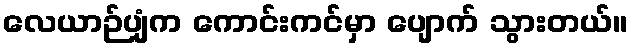
လေယာဉ်ပျံက ကောင်းကင်မှာ ပျောက် သွားတယ်။